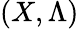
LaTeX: (X,\Lambda)